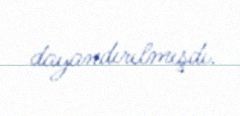
dayandırılmışdı.